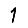
Digit: 1